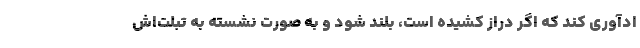
ادآوری کند که اگر دراز کشیده است، بلند شود و به صورت نشسته به تبلت‌اش